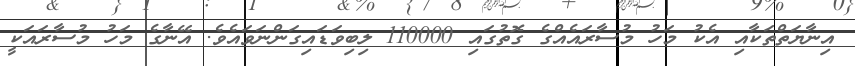
އިނާޔަތްތަކާއި އެކު މަހު މުސާރައެއްގެ ގޮތުގައި 110000 ލިބިވަޑައިގަންނަވައެވެ. އޭނާގެ މަހު މުސާރައަކީ